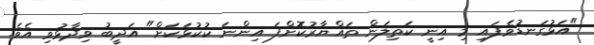
"އަޅުގަނޑުވެފައި މި އިނީ ކަތިލަން ތައްޔާރުކޮށްފަ އިންނަ ކުކުޅަކަށް" އަދީބު ވިދާޅުވި އެވެ.